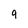
Character: 9